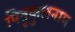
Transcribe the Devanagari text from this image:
पितृकुलनाम